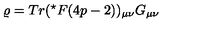
\varrho = T r ( ^ { \star } F ( 4 p - 2 ) ) _ { \mu \nu } G _ { \mu \nu }